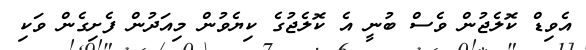
އެވިޑް ކޮލެޖުން ވެސް ބުނީ އެ ކޮލެޖުގެ ކިޔެވުން މިއަދުން ފެށިގެން ވަކި